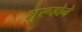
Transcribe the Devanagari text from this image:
शुरूहोने